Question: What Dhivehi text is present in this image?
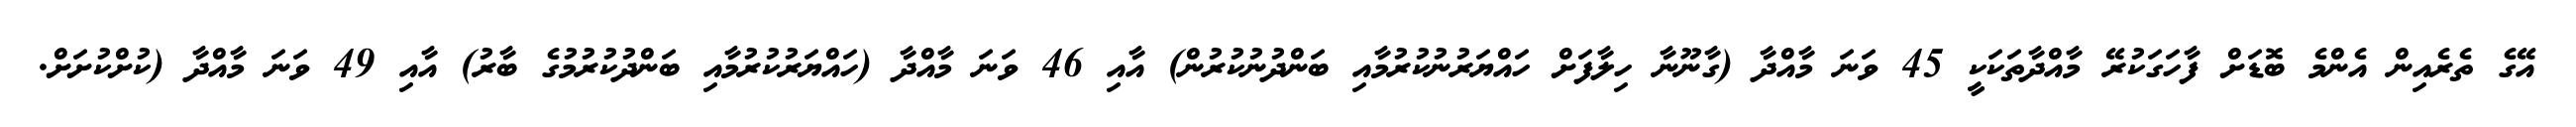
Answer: އޭގެ ތެރެއިން އެންމެ ބޮޑަށް ފާހަގަކުރޭ މާއްދާތަކަކީ 45 ވަނަ މާއްދާ (ގާނޫނާ ހިލާފަށް ހައްޔަރުނުކުރުމާއި ބަންދުނުކުރުން) އާއި 46 ވަނަ މާއްދާ (ހައްޔަރުކުރުމާއި ބަންދުކުރުމުގެ ބާރު) އާއި 49 ވަނަ މާއްދާ (ކުށްކުށަށް.